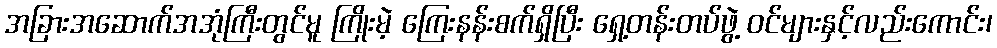
အခြားအဆောက်အအုံကြီးတွင်မူ ကြိုးမဲ့ ကြေးနန်းစက်ရှိပြီး ရှေ့တန်းတပ်ဖွဲ့ ဝင်များနှင့်လည်းကောင်း၊